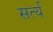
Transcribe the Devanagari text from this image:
सर्त्य